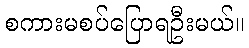
စကားမစပ်ပြောရဦးမယ်။